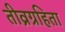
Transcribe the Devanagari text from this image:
तीव्रग्रहिता